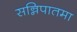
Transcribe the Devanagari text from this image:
सन्निपातमा